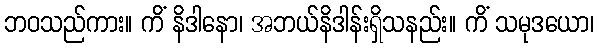
ဘဝသည်ကား။ ကိံ နိဒါနော၊ အဘယ်နိဒါန်းရှိသနည်း။ ကိံ သမုဒယော၊